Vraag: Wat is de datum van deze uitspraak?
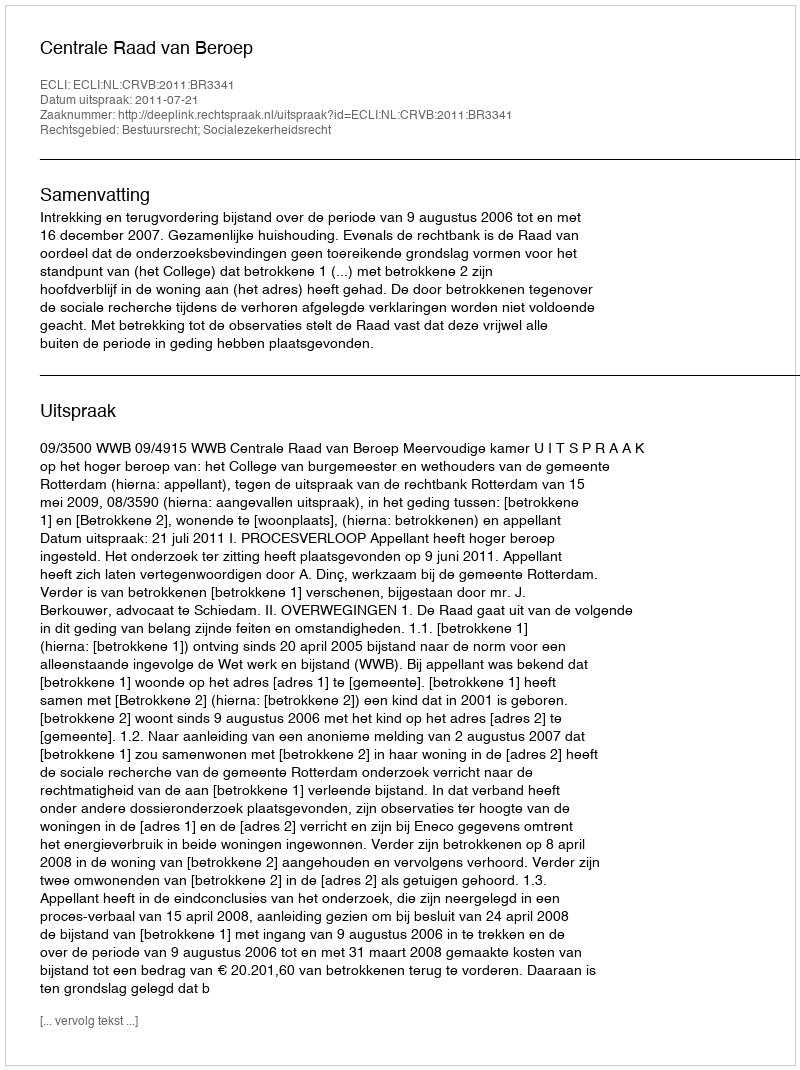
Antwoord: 2011-07-21